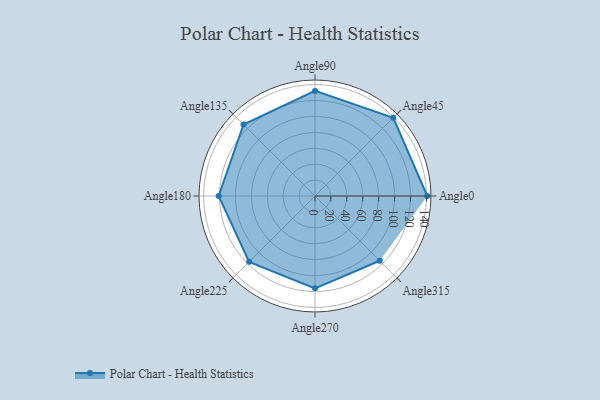
{"axis": {"x": "Angle", "y": "Radius"}, "legend": [""], "data": [{"x": "Angle0", "y": 141.0, "type": ""}, {"x": "Angle45", "y": 139.0, "type": ""}, {"x": "Angle90", "y": 132.0, "type": ""}, {"x": "Angle135", "y": 127.0, "type": ""}, {"x": "Angle180", "y": 121.0, "type": ""}, {"x": "Angle225", "y": 117.0, "type": ""}, {"x": "Angle270", "y": 116.0, "type": ""}, {"x": "Angle315", "y": 115.0, "type": ""}]}